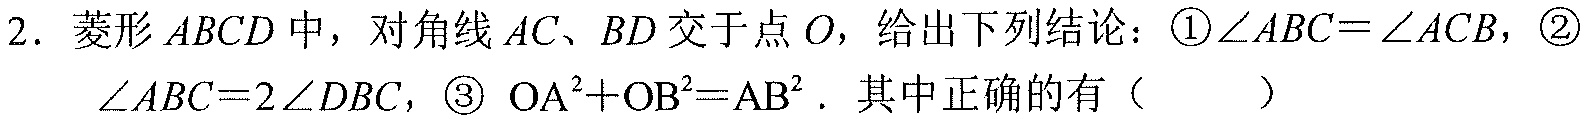
2. 菱形\(ABCD\)中，对角线\(AC、BD\)交于点\(O\)，给出下列结论：\textcircled{1}\(\angle ABC=\angle ACB\)，\textcircled{2}\(\angle ABC = 2\angle DBC\)，\textcircled{3} \(OA^{2}+OB^{2}=AB^{2}\). 其中正确的有（  ）